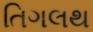
તિગલથ